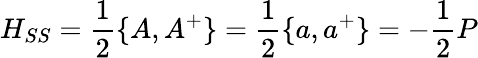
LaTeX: H_{SS}=\frac{1}{2}\{ A,A^{+}\} =\frac{1}{2}\{ a,a^{+}\} =-\frac{1}{2}P